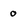
Character: 0